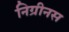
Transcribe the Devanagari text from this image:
निग्रीनस